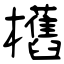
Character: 欍